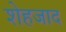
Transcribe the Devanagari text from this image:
शेहजाद